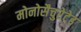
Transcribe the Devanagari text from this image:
मोनोसैचुरेटेड